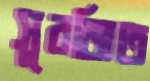
সুরজিত